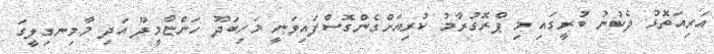
އަރިއަތޮޅު ދެކުނު ބުރީގައި މި ޕްރޮގުރާމު ކުރިއަށްގެންގޮސްފައިވަނީ މަހިބަދޫ ހަންޏާމީދޫ އަދި މާމިނގިލީގަ